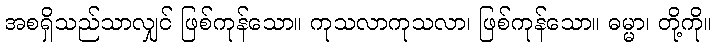
အစရှိသည်သာလျှင် ဖြစ်ကုန်သော။ ကုသလာကုသလာ၊ ဖြစ်ကုန်သော။ ဓမ္မာ၊ တို့ကို။